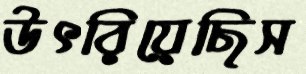
উৎরিয়েছিস